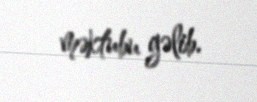
məktubu gəlib.